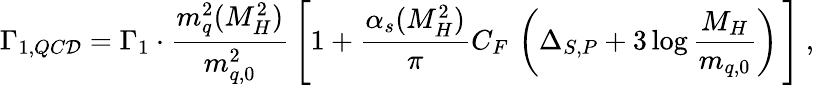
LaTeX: \Gamma_{1,QC\mathcal{D}}=\Gamma_{1}\cdot\frac{{m_{q}^{2}(M_{H}^{2})}}{{m_{q,0}^{2}}}\, \left[1+\frac{{\alpha_{s}(M_{H}^{2})}}{{\pi}}C_{F}\, \left(\Delta_{S,P}+3\log\frac{{M_{H}}}{{m_{q,0}}}\right)\, \right]\ ,